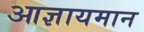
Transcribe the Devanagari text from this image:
आज्ञायमान